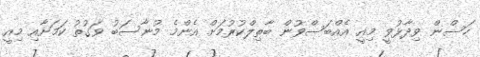
ހަސްން ވިދާޅުވީ މިއީ އެއްބަސްވުން ބާތިލްކުރުމަށް އެންމެ މުނާސަބު ވަގުތު ކަމަށާއި މިއީ